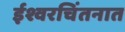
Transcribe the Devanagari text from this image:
ईश्वरचिंतनात